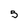
Character: 5